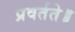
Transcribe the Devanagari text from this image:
प्रवर्तते॥